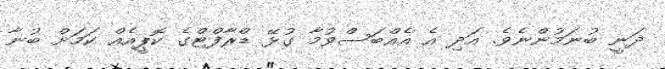
ދަނީ ބުނަމުންނެވެ. އަދި އެ އެއްބަސްވުމާ ގުޅޭ ޑްރާފްޓްގެ ކޮޕީއެއް ކަމަށް ބުނާ